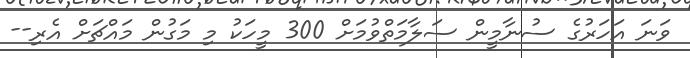
ވަނަ އަހަރުގެ ސުނާމީން ސަލާމަތްވުމަށް 300 މީހަކު މި މަގުން މައްޗަށް އެރި--